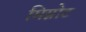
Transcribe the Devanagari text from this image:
मिग्नोट